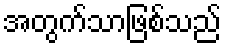
အတွက်သာဖြစ်သည်